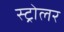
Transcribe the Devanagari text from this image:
स्ट्रोलर